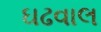
ઘઢવાલ